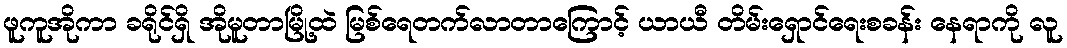
ဖူကူအိုကာ ခရိုင်ရှိ အိုမူတာမြို့ထဲ မြစ်ရေတက်လာတာကြောင့် ယာယီ တိမ်းရှောင်ရေးစခန်း နေရာကို လူ